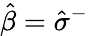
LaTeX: \hat{\beta}=\hat{\sigma}^{-}